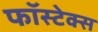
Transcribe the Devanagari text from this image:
फॉस्टेक्स